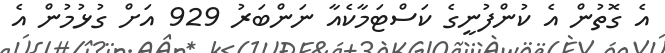
އެ ގޮތުން އެ ކުންފުނީގެ ކަސްޓަމާކެއާ ނަންބަރު 929 އަށް ގުޅުމުން އެ